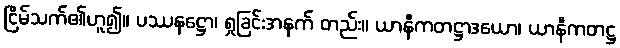
ငြိမ်သက်၏ဟူ၍။ ပဿနဋ္ဌော၊ ရှုခြင်းအနက် တည်း။ ယာနီကတဋ္ဌာဒယော၊ ယာနီကတဋ္ဌ